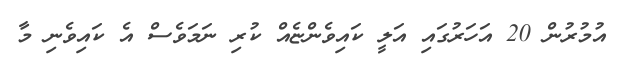
އުމުރުން 20 އަހަރުގައި އަލީ ކައިވެންޏެއް ކުރި ނަމަވެސް އެ ކައިވެނި މާ